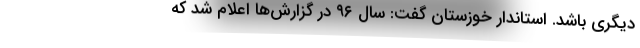
دیگری باشد. استاندار خوزستان گفت: سال ۹۶ در گزارش‌ها اعلام شد که